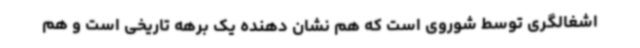
اشغالگری توسط شوروی است که هم نشان دهنده یک برهه تاریخی است و هم